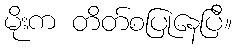
မိုးက တိတ်စပြုနေပြီ။